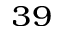
^ { 3 9 }